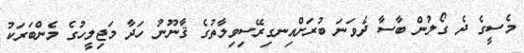
މެސީގެ ދެ ގޯލުން ބާސާ ދެވަނަ ބުރަށްއިނގިރޭސިވިލާތުގެ ޤާނޫނު ހަދާ މަޖިލީހުގެ މެންބަރަކު